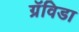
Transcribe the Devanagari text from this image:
ग्रॅविडा